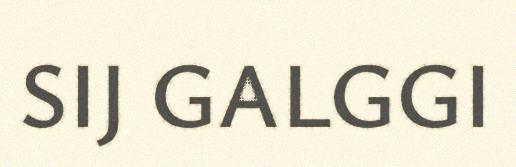
SIJ GALGGI